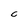
Character: C